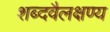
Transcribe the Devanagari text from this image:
शब्दवैलक्षण्य